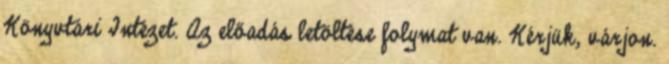
Könyvtári Intézet. Az előadás letöltése folymat van. Kérjük, várjon.